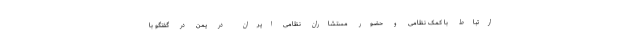
ارتباط با کمک نظامی و حضور مستشاران نظامی ایران در یمن در گفتگو با